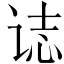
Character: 𰵧